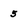
Character: 5